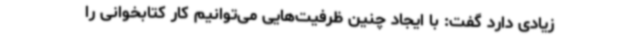
زیادی دارد گفت: با ایجاد چنین ظرفیت‌هایی می‌توانیم کار کتابخوانی را